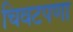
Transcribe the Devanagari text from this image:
चिवटपणा